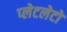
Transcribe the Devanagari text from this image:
प्‍लेटलेटों